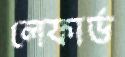
লেফার্ভ